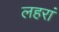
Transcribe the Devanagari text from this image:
लहरां